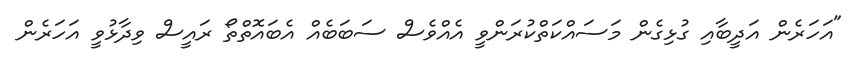
"އަހަރެން އަދީބާއި ގުޅިގެން މަސައްކަތްކުރަންވީ އެއްވެސް ސަބަބެއް އެބައޮތްތޯ ރައީސް ވިދާޅުވީ އަހަރެން